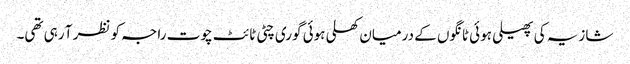
شازیہ کی پھیلی ہوئی ٹانگوں کے درمیان کھلی ہوئی گوری چٹی ٹائٹ چوت راجہ کو نظر آ رہی تھی۔